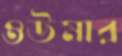
ওউমার